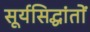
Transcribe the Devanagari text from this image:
सूर्यसिद्धांतों